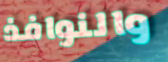
والنوافذ